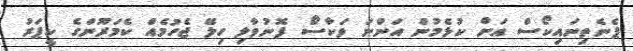
ޕެނެތިނައިކޯސް އަށް ކުޅެމުން އަންނަ ވަކާސޯ ފޮނުވާލި ހިލޭ ޖެހުމެއް ކެމަރޫންގެ ކީޕަރު